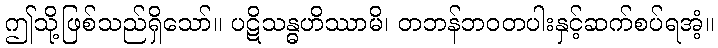
ဤသို့ဖြစ်သည်ရှိသော်။ ပဋိသန္ဓဟိဿာမိ၊ တဘန်ဘဝတပါးနှင့်ဆက်စပ်ရအံ့။